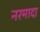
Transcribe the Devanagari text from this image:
नरमादा